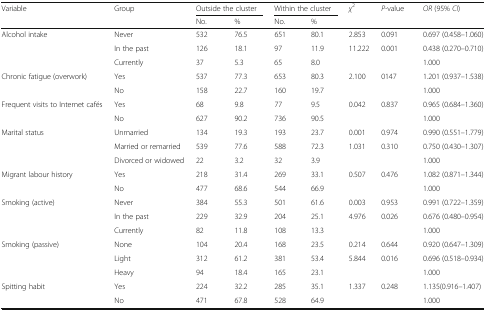
<table><thead><tr><td rowspan="2"><b>Variable</b></td><td rowspan="2"><b>Group</b></td><td colspan="2"><b>Outside the cluster</b></td><td colspan="2"><b>Within the cluster</b></td><td rowspan="2"><b><i>χ</i><sup>2</sup></b></td><td rowspan="2"><b><i>P-</i>value</b></td><td rowspan="2"><b><i>OR</i> (95% <i>CI</i>)</b></td></tr><tr><td><b>No.</b></td><td><b>%</b></td><td><b>No.</b></td><td><b>%</b></td></tr></thead><tbody><tr><td rowspan="3">Alcohol intake</td><td>Never</td><td>532</td><td>76.5</td><td>651</td><td>80.1</td><td>2.853</td><td>0.091</td><td>0.697 (0.458–1.060)</td></tr><tr><td>In the past</td><td>126</td><td>18.1</td><td>97</td><td>11.9</td><td>11.222</td><td>0.001</td><td>0.438 (0.270–0.710)</td></tr><tr><td>Currently</td><td>37</td><td>5.3</td><td>65</td><td>8.0</td><td></td><td></td><td>1.000</td></tr><tr><td rowspan="2">Chronic fatigue (overwork)</td><td>Yes</td><td>537</td><td>77.3</td><td>653</td><td>80.3</td><td>2.100</td><td>0147</td><td>1.201 (0.937–1.538)</td></tr><tr><td>No</td><td>158</td><td>22.7</td><td>160</td><td>19.7</td><td></td><td></td><td>1.000</td></tr><tr><td rowspan="2">Frequent visits to Internet cafés</td><td>Yes</td><td>68</td><td>9.8</td><td>77</td><td>9.5</td><td>0.042</td><td>0.837</td><td>0.965 (0.684–1.360)</td></tr><tr><td>No</td><td>627</td><td>90.2</td><td>736</td><td>90.5</td><td></td><td></td><td>1.000</td></tr><tr><td rowspan="3">Marital status</td><td>Unmarried</td><td>134</td><td>19.3</td><td>193</td><td>23.7</td><td>0.001</td><td>0.974</td><td>0.990 (0.551–1.779)</td></tr><tr><td>Married or remarried</td><td>539</td><td>77.6</td><td>588</td><td>72.3</td><td>1.031</td><td>0.310</td><td>0.750 (0.430–1.307)</td></tr><tr><td>Divorced or widowed</td><td>22</td><td>3.2</td><td>32</td><td>3.9</td><td></td><td></td><td>1.000</td></tr><tr><td rowspan="2">Migrant labour history</td><td>Yes</td><td>218</td><td>31.4</td><td>269</td><td>33.1</td><td>0.507</td><td>0.476</td><td>1.082 (0.871–1.344)</td></tr><tr><td>No</td><td>477</td><td>68.6</td><td>544</td><td>66.9</td><td></td><td></td><td>1.000</td></tr><tr><td rowspan="3">Smoking (active)</td><td>Never</td><td>384</td><td>55.3</td><td>501</td><td>61.6</td><td>0.003</td><td>0.953</td><td>0.991 (0.722–1.359)</td></tr><tr><td>In the past</td><td>229</td><td>32.9</td><td>204</td><td>25.1</td><td>4.976</td><td>0.026</td><td>0.676 (0.480–0.954)</td></tr><tr><td>Currently</td><td>82</td><td>11.8</td><td>108</td><td>13.3</td><td></td><td></td><td>1.000</td></tr><tr><td rowspan="3">Smoking (passive)</td><td>None</td><td>104</td><td>20.4</td><td>168</td><td>23.5</td><td>0.214</td><td>0.644</td><td>0.920 (0.647–1.309)</td></tr><tr><td>Light</td><td>312</td><td>61.2</td><td>381</td><td>53.4</td><td>5.844</td><td>0.016</td><td>0.696 (0.518–0.934)</td></tr><tr><td>Heavy</td><td>94</td><td>18.4</td><td>165</td><td>23.1</td><td></td><td></td><td>1.000</td></tr><tr><td rowspan="2">Spitting habit</td><td>Yes</td><td>224</td><td>32.2</td><td>285</td><td>35.1</td><td>1.337</td><td>0.248</td><td>1.135(0.916–1.407)</td></tr><tr><td>No</td><td>471</td><td>67.8</td><td>528</td><td>64.9</td><td></td><td></td><td>1.000</td></tr></tbody></table>